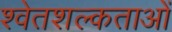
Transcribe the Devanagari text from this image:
श्वेतशल्कताओं